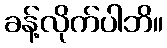
ခန့်လိုက်ပါဘိ။